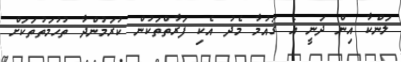
ލަންކާ އިން ދަނީ އެ ގައުމާ މެދު އެކި ފަރާތްތަކުން ކުރަމުންދާ ތުހުމަތުތަކަށް